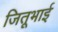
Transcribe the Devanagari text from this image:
जितूभाई